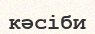
кәсіби